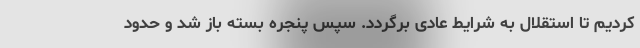
کردیم تا استقلال به شرایط عادی برگردد. سپس پنجره بسته باز شد و حدود